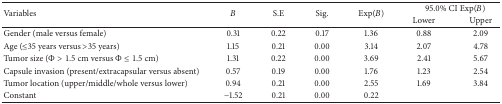
<table><thead><tr><td rowspan="2"><b>Variables</b></td><td rowspan="2"><b><i>B</i></b></td><td rowspan="2"><b>S.E</b></td><td rowspan="2"><b>Sig.</b></td><td rowspan="2"><b>Exp(<i>B</i>)</b></td><td colspan="2"><b>95.0% CI Exp(<i>B</i>)</b></td></tr><tr><td><b>Lower</b></td><td><b>Upper </b></td></tr></thead><tbody><tr><td>Gender (male versus female)</td><td>0.31 </td><td>0.22 </td><td>0.17 </td><td>1.36 </td><td>0.88 </td><td>2.09 </td></tr><tr><td>Age (≤35 years versus &gt;35 years)</td><td>1.15 </td><td>0.21 </td><td>0.00 </td><td>3.14 </td><td>2.07 </td><td>4.78 </td></tr><tr><td>Tumor size (Φ &gt; 1.5 cm versus Φ ≤ 1.5 cm)</td><td>1.31 </td><td>0.22 </td><td>0.00 </td><td>3.69 </td><td>2.41 </td><td>5.67 </td></tr><tr><td>Capsule invasion (present/extracapsular versus absent)</td><td>0.57 </td><td>0.19 </td><td>0.00 </td><td>1.76 </td><td>1.23 </td><td>2.54 </td></tr><tr><td>Tumor location (upper/middle/whole versus lower)</td><td>0.94 </td><td>0.21 </td><td>0.00 </td><td>2.55 </td><td>1.69 </td><td>3.84 </td></tr><tr><td>Constant </td><td>−1.52 </td><td>0.21 </td><td>0.00 </td><td>0.22 </td><td> </td><td> </td></tr></tbody></table>